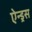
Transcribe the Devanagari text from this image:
ऐन्ड्रस